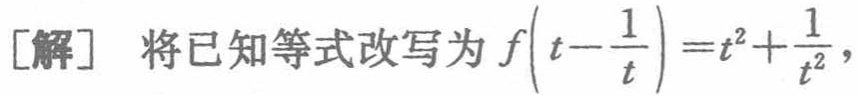
[解] 将已知等式改写为 \(f\left(t - \frac{1}{t}\right)=t^{2}+\frac{1}{t^{2}}\)，